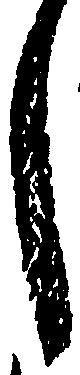
し